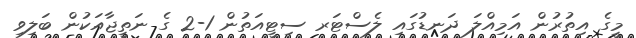
މީގެ އިތުރުން އަމިއްލަ ދަނޑުގައި ލެސްޓަރ ސިޓީއަތުން 1-2 ގެ ނަތީޖާއަކުން ބަލިވި